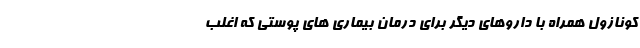
کونازول همراه با داروهای دیگر برای درمان بیماری های پوستی که اغلب